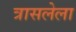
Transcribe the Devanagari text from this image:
त्रासलेला